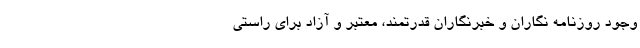
وجود روزنامه نگاران و خبرنگاران قدرتمند، معتبر و آزاد برای راستی